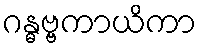
ဂန္ဓဗ္ဗကာယိကာ